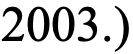
2003.)